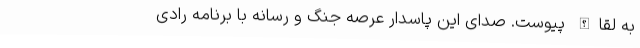
به لقاالله پیوست. صدای این پاسدار عرصه جنگ و رسانه با برنامه رادی